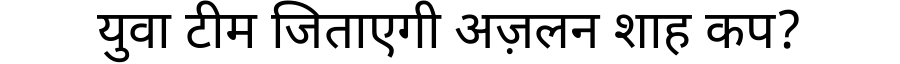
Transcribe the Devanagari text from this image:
युवा टीम जिताएगी अज़लन शाह कप?